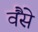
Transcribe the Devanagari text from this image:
वैंसे